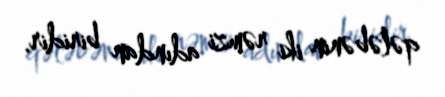
qələbənin iki rəmzi adından biridir.